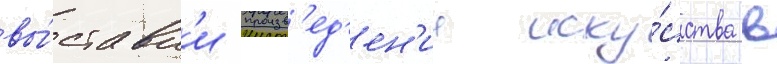
вы́ставк'и произв'ед'ен'ии иску́сства в